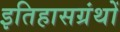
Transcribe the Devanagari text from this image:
इतिहासग्रंथों